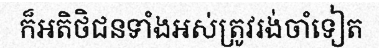
ក៏អតិថិជនទាំងអស់ត្រូវរង់ចាំទៀត